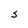
Character: S